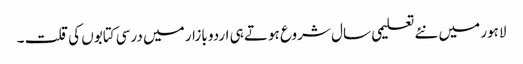
لاہور میں نئے تعلیمی سال شروع ہوتے ہی اردو بازار میں درسی کتابوں کی قلت ۔